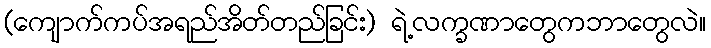
(ကျောက်ကပ်အရည်အိတ်တည်ခြင်း) ရဲ့လက္ခဏာတွေကဘာတွေလဲ။